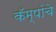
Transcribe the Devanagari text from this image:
कॅम्पांचे